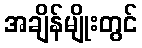
အချိန်မျိုးတွင်